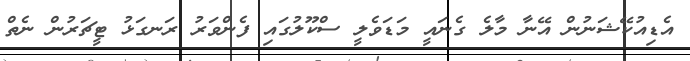
އެޑިއުކޭޝަނުން އޭނާ މާލެ ގެނައީ މަޑަވެލީ ސްކޫލުގައި ފެންވަރު ރަނގަޅު ޓީޗަރުން ނެތް